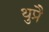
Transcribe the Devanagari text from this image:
थुप्रै